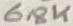
Text: 618K